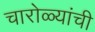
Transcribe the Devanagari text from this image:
चारोळ्यांची